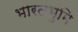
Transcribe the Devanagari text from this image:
भारतभुमि